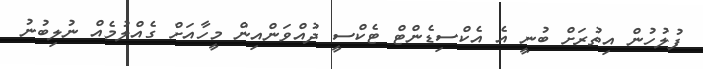
ފުލުހުން އިތުރަށް ބުނީ އެ އެކްސިޑެންޓް ޓެކްސީ ދުއްވަންއިން މީހާއަށް ގެއްލުމެއް ނުލިބުނު